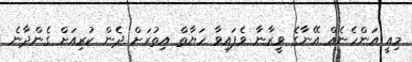
މިއީ އަންހެނެއް އޭނާގެ ވީރާނާ ވެފައިވާ ހަޔާތް އިތުރަށް ދެން ކުރިއަށް ގެންދާނެ